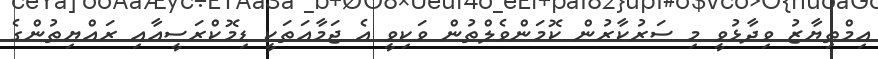
އިމްތިޔާޒު ވިދާޅުވީ މި ސަރުކާރުން ކޮމަންވެލްތުން ވަކިވީ އެ ޖަމާއަތަކީ ޑިމޮކްރަސީއާއި ރައްޔިތުންގެ